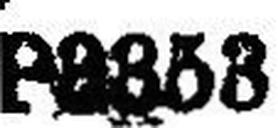
P3353